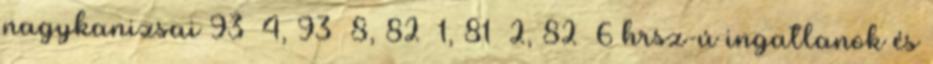
nagykanizsai 93 4, 93 8, 82 1, 81 2, 82 6 hrsz-ú ingatlanok és